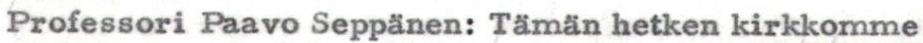
Professori Paavo Seppänen: Tämän hetken kirkkomme